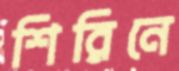
শিরিনে